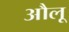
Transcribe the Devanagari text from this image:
औलू